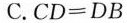
C.$$C D = D B$$